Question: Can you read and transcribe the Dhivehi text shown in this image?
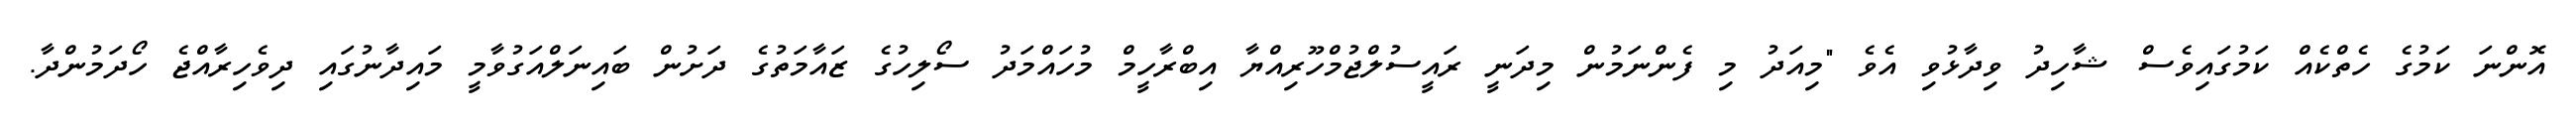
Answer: އޮންނަ ކަމުގެ ހެތްކެއް ކަމުގައިވެސް ޝާހިދު ވިދާޅުވި އެވެ "މިއަދު މި ފެންނަމުން މިދަނީ ރައީސުލްޖުމްހޫރިއްޔާ އިބްރާހީމް މުހައްމަދު ސޯލިހުގެ ޒައާމަތުގެ ދަށުން ބައިނަލްއަގުވާމީ މައިދާނުގައި ދިވެހިރާއްޖެ ހޯދަމުންދާ.